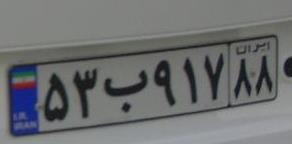
۵۳ب۹۱۷۸۸